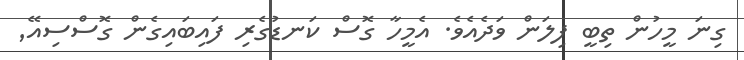
ގިނަ މީހުން ތިބީ ފިލަން ވަދެއެވެ. އެމީހާ ގޮސް ކަނޑުގެރި ފައިބައިގެން ގޮސްސިއޭ